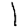
Digit: 1